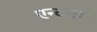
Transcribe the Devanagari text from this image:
एन्टनी